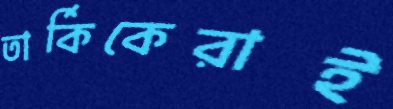
তার্কিকেরাই